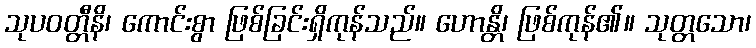
သုပဝတ္တီနိ၊ ကောင်းစွာ ဖြစ်ခြင်းရှိကုန်သည်။ ဟောန္တိ၊ ဖြစ်ကုန်၏။ သုတ္တသော၊